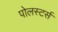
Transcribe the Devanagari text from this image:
पोलस्टर्स